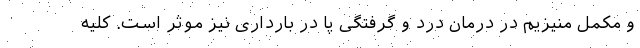
و مکمل منیزیم در درمان درد و گرفتگی پا در بارداری نیز موثر است. کلیه